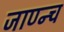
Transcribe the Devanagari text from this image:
जाण्न्च